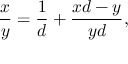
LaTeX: { \frac { x } { y } } = { \frac { 1 } { d } } + { \frac { x d - y } { y d } } ,